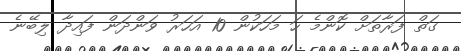
ގަތް ފަރާތަށް ކޮންމެ ހަ މަހަކުން 10 އަހަރު ވަންދަން ފައިދާ ލިބޭނެ